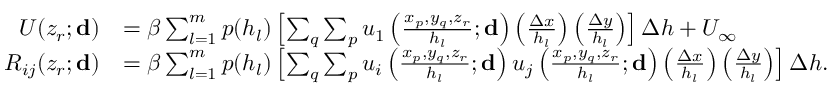
\begin{array} { r l } { U ( z _ { r } ; \mathbf { d } ) } & { = \beta \sum _ { l = 1 } ^ { m } p ( h _ { l } ) \left[ \sum _ { q } \sum _ { p } u _ { 1 } \left( \frac { { x _ { p } , y _ { q } , z _ { r } } } { h _ { l } } ; \mathbf { d } \right) \left( \frac { \Delta x } { h _ { l } } \right) \left( \frac { \Delta y } { h _ { l } } \right) \right] \Delta h + U _ { \infty } } \\ { R _ { i j } ( z _ { r } ; \mathbf { d } ) } & { = \beta \sum _ { l = 1 } ^ { m } p ( h _ { l } ) \left[ \sum _ { q } \sum _ { p } u _ { i } \left( \frac { { x _ { p } , y _ { q } , z _ { r } } } { h _ { l } } ; \mathbf { d } \right) u _ { j } \left( \frac { { x _ { p } , y _ { q } , z _ { r } } } { h _ { l } } ; \mathbf { d } \right) \left( \frac { \Delta x } { h _ { l } } \right) \left( \frac { \Delta y } { h _ { l } } \right) \right] \Delta h . } \end{array}